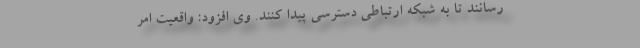
‌رسانند تا به شبکه ارتباطی دسترسی پیدا کنند. وی افزود: واقعیت امر